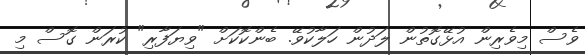
ވެސް މިވެރިން އުޅޭގޮތުން ލަދުން ހަލާކުވޭ. ބެންކޮކަށް "ވިޔަފާރި" ކުރަން ގޮސް މި